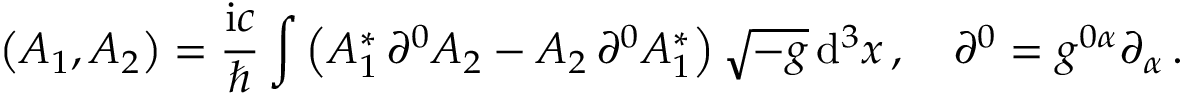
\left( A _ { 1 } , A _ { 2 } \right) = \frac { \mathrm { i } c } { \hbar } \int \left( A _ { 1 } ^ { * } \, \partial ^ { 0 } A _ { 2 } - A _ { 2 } \, \partial ^ { 0 } A _ { 1 } ^ { * } \right) \sqrt { - g } \, \mathrm { d } ^ { 3 } x \, , \quad \partial ^ { 0 } = g ^ { 0 \alpha } \partial _ { \alpha } \, .